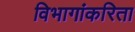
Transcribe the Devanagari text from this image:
विभागांकरिता